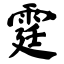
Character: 霆